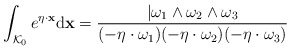
\begin{align*} \int_{\mathcal K_0}e^{\eta \cdot \mathbf x}\mathrm d\mathbf x=\frac{\vert \omega_1\land \omega_2\land \omega_3}{(-\eta\cdot \omega_1)(-\eta \cdot \omega_2)(-\eta\cdot \omega_3)} \end{align*}